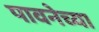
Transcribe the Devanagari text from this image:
पावनेच्या